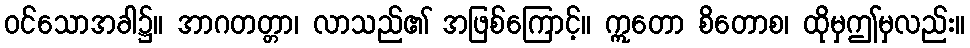
ဝင်သောအခါ၌။ အာဂတတ္တာ၊ လာသည်၏ အဖြစ်ကြောင့်။ ဣတော စိတောစ၊ ထိုမှဤမှလည်း။